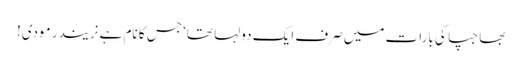
بھاجپا کی بارات میں صرف ایک دولہا تھا‘ جس کا نام ہے نریندر مودی!